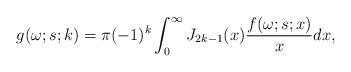
LaTeX: \begin{align*}g(\omega;s;k)=\pi(-1)^k\int_{0}^{\infty}J_{2k-1}(x)\frac{f(\omega;s;x)}{x}dx,\end{align*}